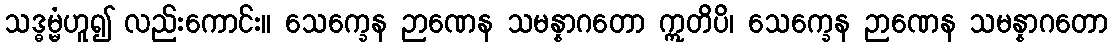
သဒ္ဓမ္မံဟူ၍ လည်းကောင်း။ သေက္ခေန ဉာဏေန သမန္နာဂတော ဣတိပိ၊ သေက္ခေန ဉာဏေန သမန္နာဂတော